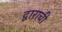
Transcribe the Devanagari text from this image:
द्वाराची